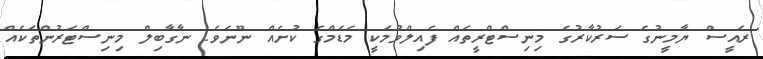
ރައީސް ޔާމީނުގެ ސަރުކާރުގެ މިނިސްޓްރީތައް ފެއިލްވުމަކީ މެޑަމްގެ ކުށެއް ނޫނެވެ. ނާގާބިލް މިނިސްޓަރުންތަކެއް